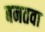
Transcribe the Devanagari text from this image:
बनतवा